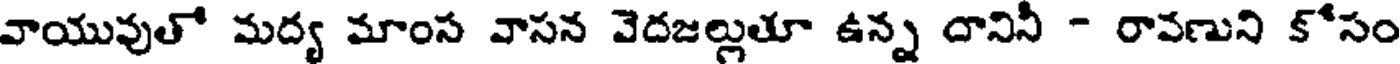
వాయువుతో మద్య మాంస వాసన వెదజల్లుతూ ఉన్న దానినీ - రావణుని కోసం